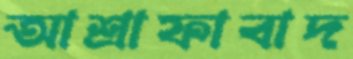
আশ্রাফাবাদ